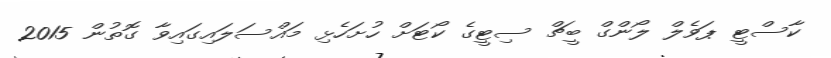
ކާސްޓީ ޕަވެލް ލޯންގް ބީޗް ސިޓީގެ ކޯޓަށް ހުށަހެޅި މައްސަލައިގައިވާ ގޮތުން 2015